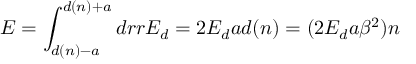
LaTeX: E = \int _ { d ( n ) - a } ^ { d ( n ) + a } d r r { \cal E } _ { d } = 2 { \cal E } _ { d } a d ( n ) = ( 2 { \cal E } _ { d } a \beta ^ { 2 } ) n